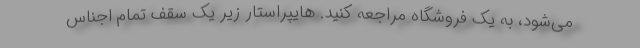
می‌شود، به یک فروشگاه مراجعه کنید. هایپراستار زیر یک سقف تمام اجناس